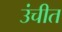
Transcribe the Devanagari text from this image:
उंचीत